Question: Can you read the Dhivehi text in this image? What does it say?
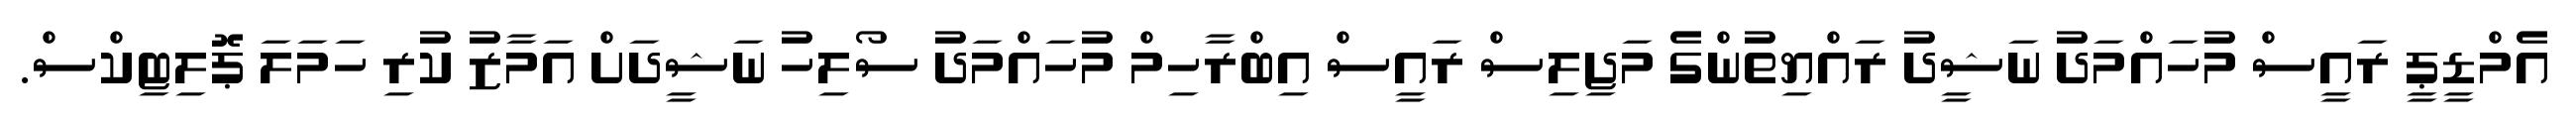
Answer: އެމްޑީޕީ ރައީސް މުހައްމަދު ނަޝީދު ރައްޔިތުންގެ މަޖިލިސް ރައީސް އިބްރާހިމް މުހައްމަދު ސޯލިހު ނަޝީދަށް އަމާޒު ކުރި ހަމަލަ ޕޮލިޓިކްސް.